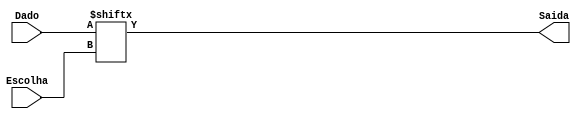
module mux2(
input [1:0] Dado,
input Escolha,
output Saida
);
assign Saida = Dado[Escolha];
endmodule